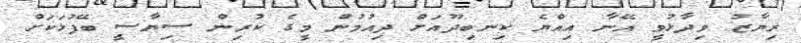
ރިޔާޒު ވިދާޅުވީ އޭނާ އިއްޔެ ކިނބިދޫއަށް ދިއުމުން މީގެ ކުރިން ސިޔާސީ ބޭފުޅަކަށް